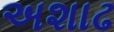
અશાઢ